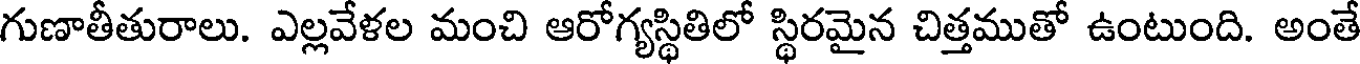
గుణాతీతురాలు. ఎల్లవేళల మంచి ఆరోగ్యస్థితిలో స్థిరమైన చిత్తముతో ఉంటుంది. అంతే